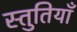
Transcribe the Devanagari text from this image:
स्‍तुतियाँ